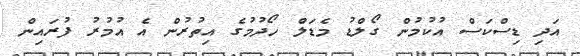
އަދި ޑިސްކަސް އުކުމުން ގޯލްޑު މެޑަލް ހޯދުމުގެ އިތުރުން އެ އުމުރު ފުރައިން